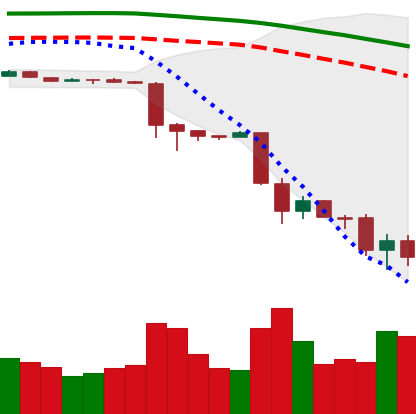
Ticker: BTC-USD
Chart end date: 2018-11-26
Forward return: 11.525%
Label: up_7plus